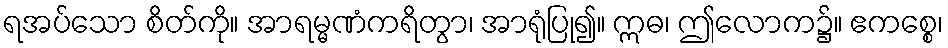
ရအပ်သော စိတ်ကို။ အာရမ္မဏံကရိတွာ၊ အာရုံပြု၍။ ဣဓ၊ ဤလောက၌။ ဧကစ္စေ၊